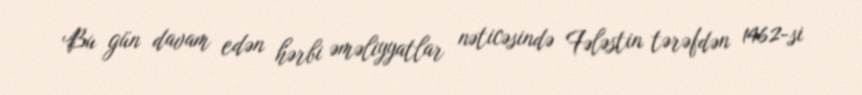
Bu gün davam edən hərbi əməliyyatlar nəticəsində Fələstin tərəfdən 1462-si